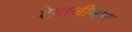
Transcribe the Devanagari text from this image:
टेमाज़ीपाम